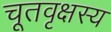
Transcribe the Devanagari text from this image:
चूतवृक्षस्य